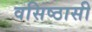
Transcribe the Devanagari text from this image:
वसिष्ठासी